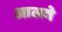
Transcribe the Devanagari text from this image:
आलवे